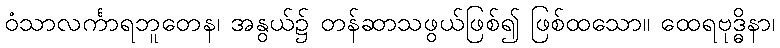
ဝံသာလင်္ကာရဘူတေန၊ အနွယ်၌ တန်ဆာသဖွယ်ဖြစ်၍ ဖြစ်ထသော။ ထေရဗုဒ္ဓိနာ၊